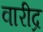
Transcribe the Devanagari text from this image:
वारीद्र